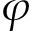
\varphi